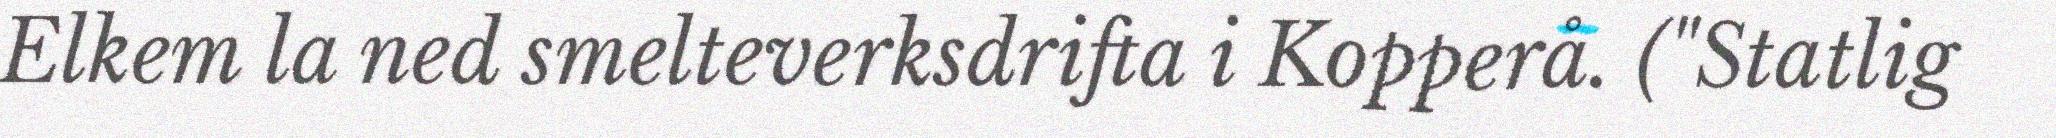
Elkem la ned smelteverksdrifta i Kopperå. ("Statlig